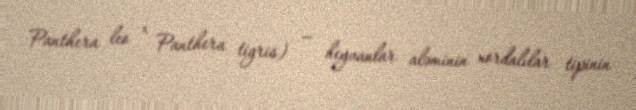
Panthera leo × Panthera tigris) — heyvanlar aləminin xordalılar tipinin